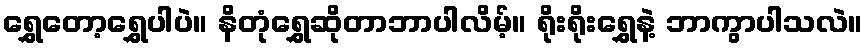
ရွှေတော့ရွှေပါပဲ။ နိတုံရွှေဆိုတာဘာပါလိမ့်။ ရိုးရိုးရွှေနဲ့ ဘာကွာပါသလဲ။